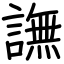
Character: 譕